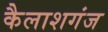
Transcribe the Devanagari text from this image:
कैलाशगंज